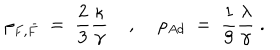
\rho _ { F , \bar { F } } \; = \; \frac { 2 } { 3 } \frac { \kappa } { \gamma } \; , \; \rho _ { A d } \; = \; \frac { 1 } { 9 } \frac { \lambda } { \gamma } \; .